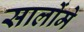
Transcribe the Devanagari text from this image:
सालोंमे